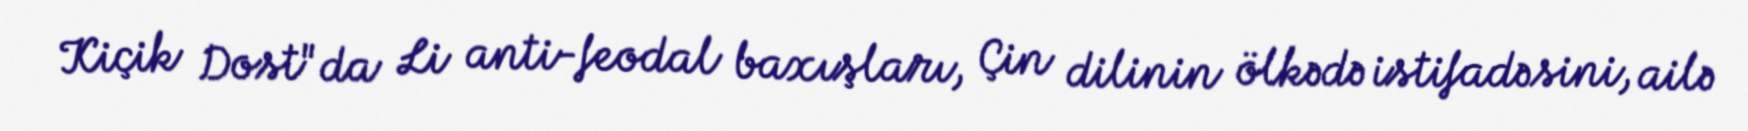
Kiçik Dost"da Li anti-feodal baxışları, Çin dilinin ölkədə istifadəsini, ailə